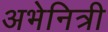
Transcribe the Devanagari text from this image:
अभेनित्री